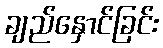
ချည်နှောင်ခြင်း